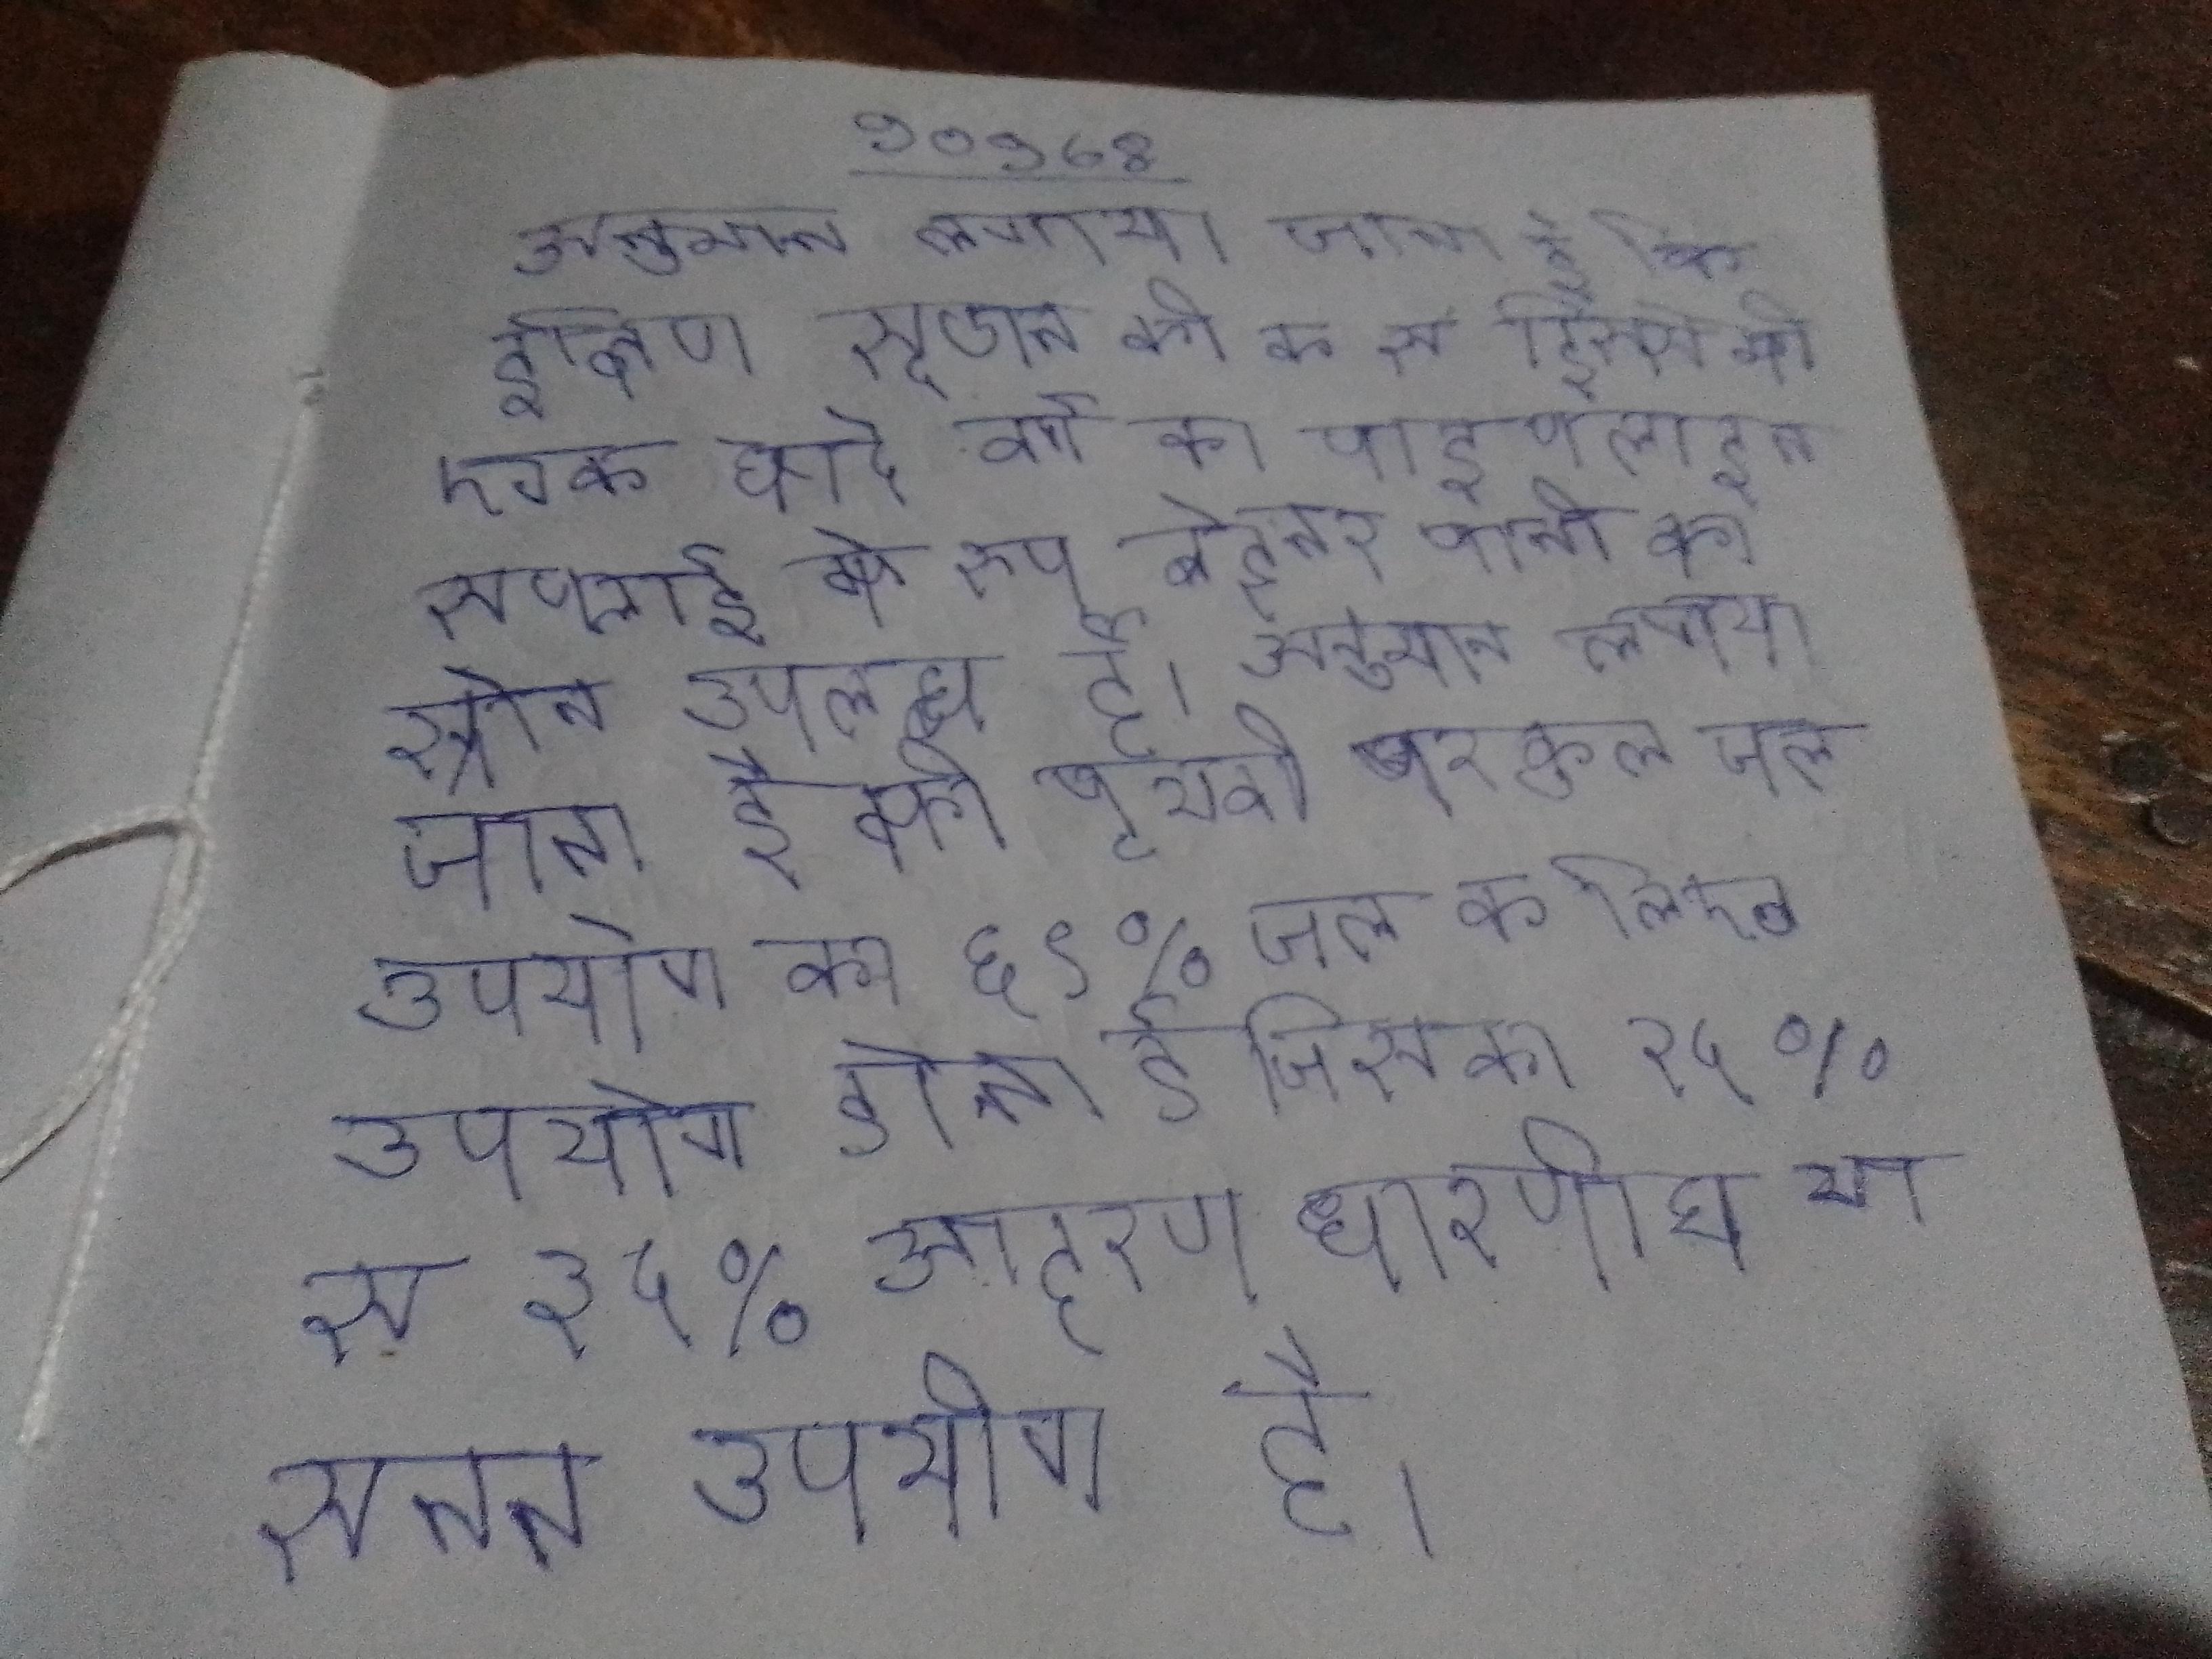
अनुमान लगाया जाता है कि दक्षिण सूडान की के से हिस्से को एक छोटे वर्ग को पाइपलाइन सप्लाई के रूप बेहतर पानी का स्रोत उपलब्ध है । अनुमान लगाया जाता है की पृथ्वी पर कुल जल उपयोग का ६९% जल के लिए उपयोग होता है जिसका १५% से ३५% आहरण धारणीय या सतत उपयोग है ।